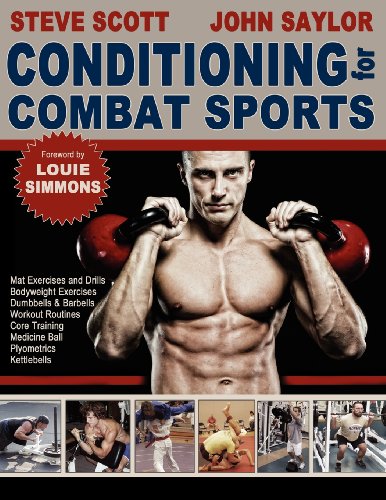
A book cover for Conditioning for Combat Sports; Steve Scott; Sports & Outdoors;